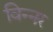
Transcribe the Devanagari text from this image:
विन्नर